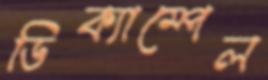
ডিক্যাম্পেল